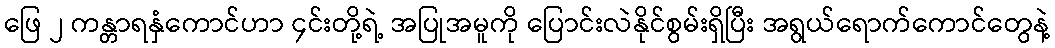
ဖြေ ၂ ကန္တာရနှံကောင်ဟာ ၄င်းတို့ရဲ့ အပြုအမူကို ပြောင်းလဲနိုင်စွမ်းရှိပြီး အရွယ်ရောက်ကောင်တွေနဲ့